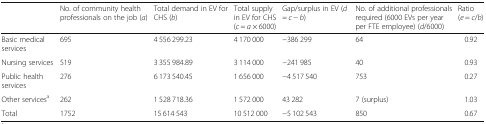
<table><thead><tr><td></td><td><b>No. of community health professionals on the job (<i>a</i>)</b></td><td><b>Total demand in EV for CHS (<i>b</i>)</b></td><td><b>Total supply in EV for CHS (<i>c</i> = <i>a</i> × 6000)</b></td><td><b>Gap/surplus in EV (<i>d</i> = <i>c</i> − <i>b</i>)</b></td><td><b>No. of additional professionals required (6000 EVs per year per FTE employee) (<i>d</i>/6000)</b></td><td><b>Ratio (<i>e</i> = <i>c</i>/<i>b</i>)</b></td></tr></thead><tbody><tr><td>Basic medical services</td><td>695</td><td>4 556 299.23</td><td>4 170 000</td><td>−386 299</td><td>64</td><td>0.92</td></tr><tr><td>Nursing services</td><td>519</td><td>3 355 984.89</td><td>3 114 000</td><td>−241 985</td><td>40</td><td>0.93</td></tr><tr><td>Public health services</td><td>276</td><td>6 173 540.45</td><td>1 656 000</td><td>−4 517 540</td><td>753</td><td>0.27</td></tr><tr><td>Other services<sup>a</sup></td><td>262</td><td>1 528 718.36</td><td>1 572 000</td><td>43 282</td><td>7 (surplus)</td><td>1.03</td></tr><tr><td>Total</td><td>1752</td><td>15 614 543</td><td>10 512 000</td><td>−5 102 543</td><td>850</td><td>0.67</td></tr></tbody></table>